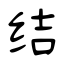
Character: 结